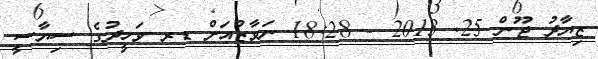
ޒިޔާދު ޖޫން 25